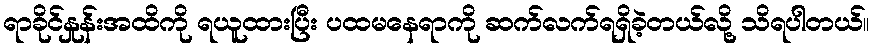
ရာခိုင်နှုန်းအထိကို ရယူထားပြီး ပထမနေရာကို ဆက်လက်ရရှိခဲ့တယ်လို့ သိရပါတယ်။